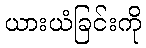
ယားယံခြင်းကို